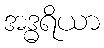
အဒ္ဓရိယာ